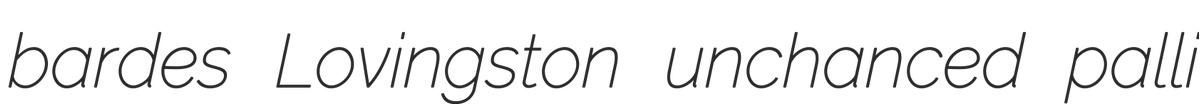
bardes Lovingston unchanced palli